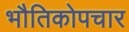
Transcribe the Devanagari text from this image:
भौतिकोपचार